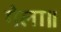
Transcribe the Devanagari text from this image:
गेला॥